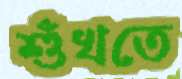
শুঁখতে